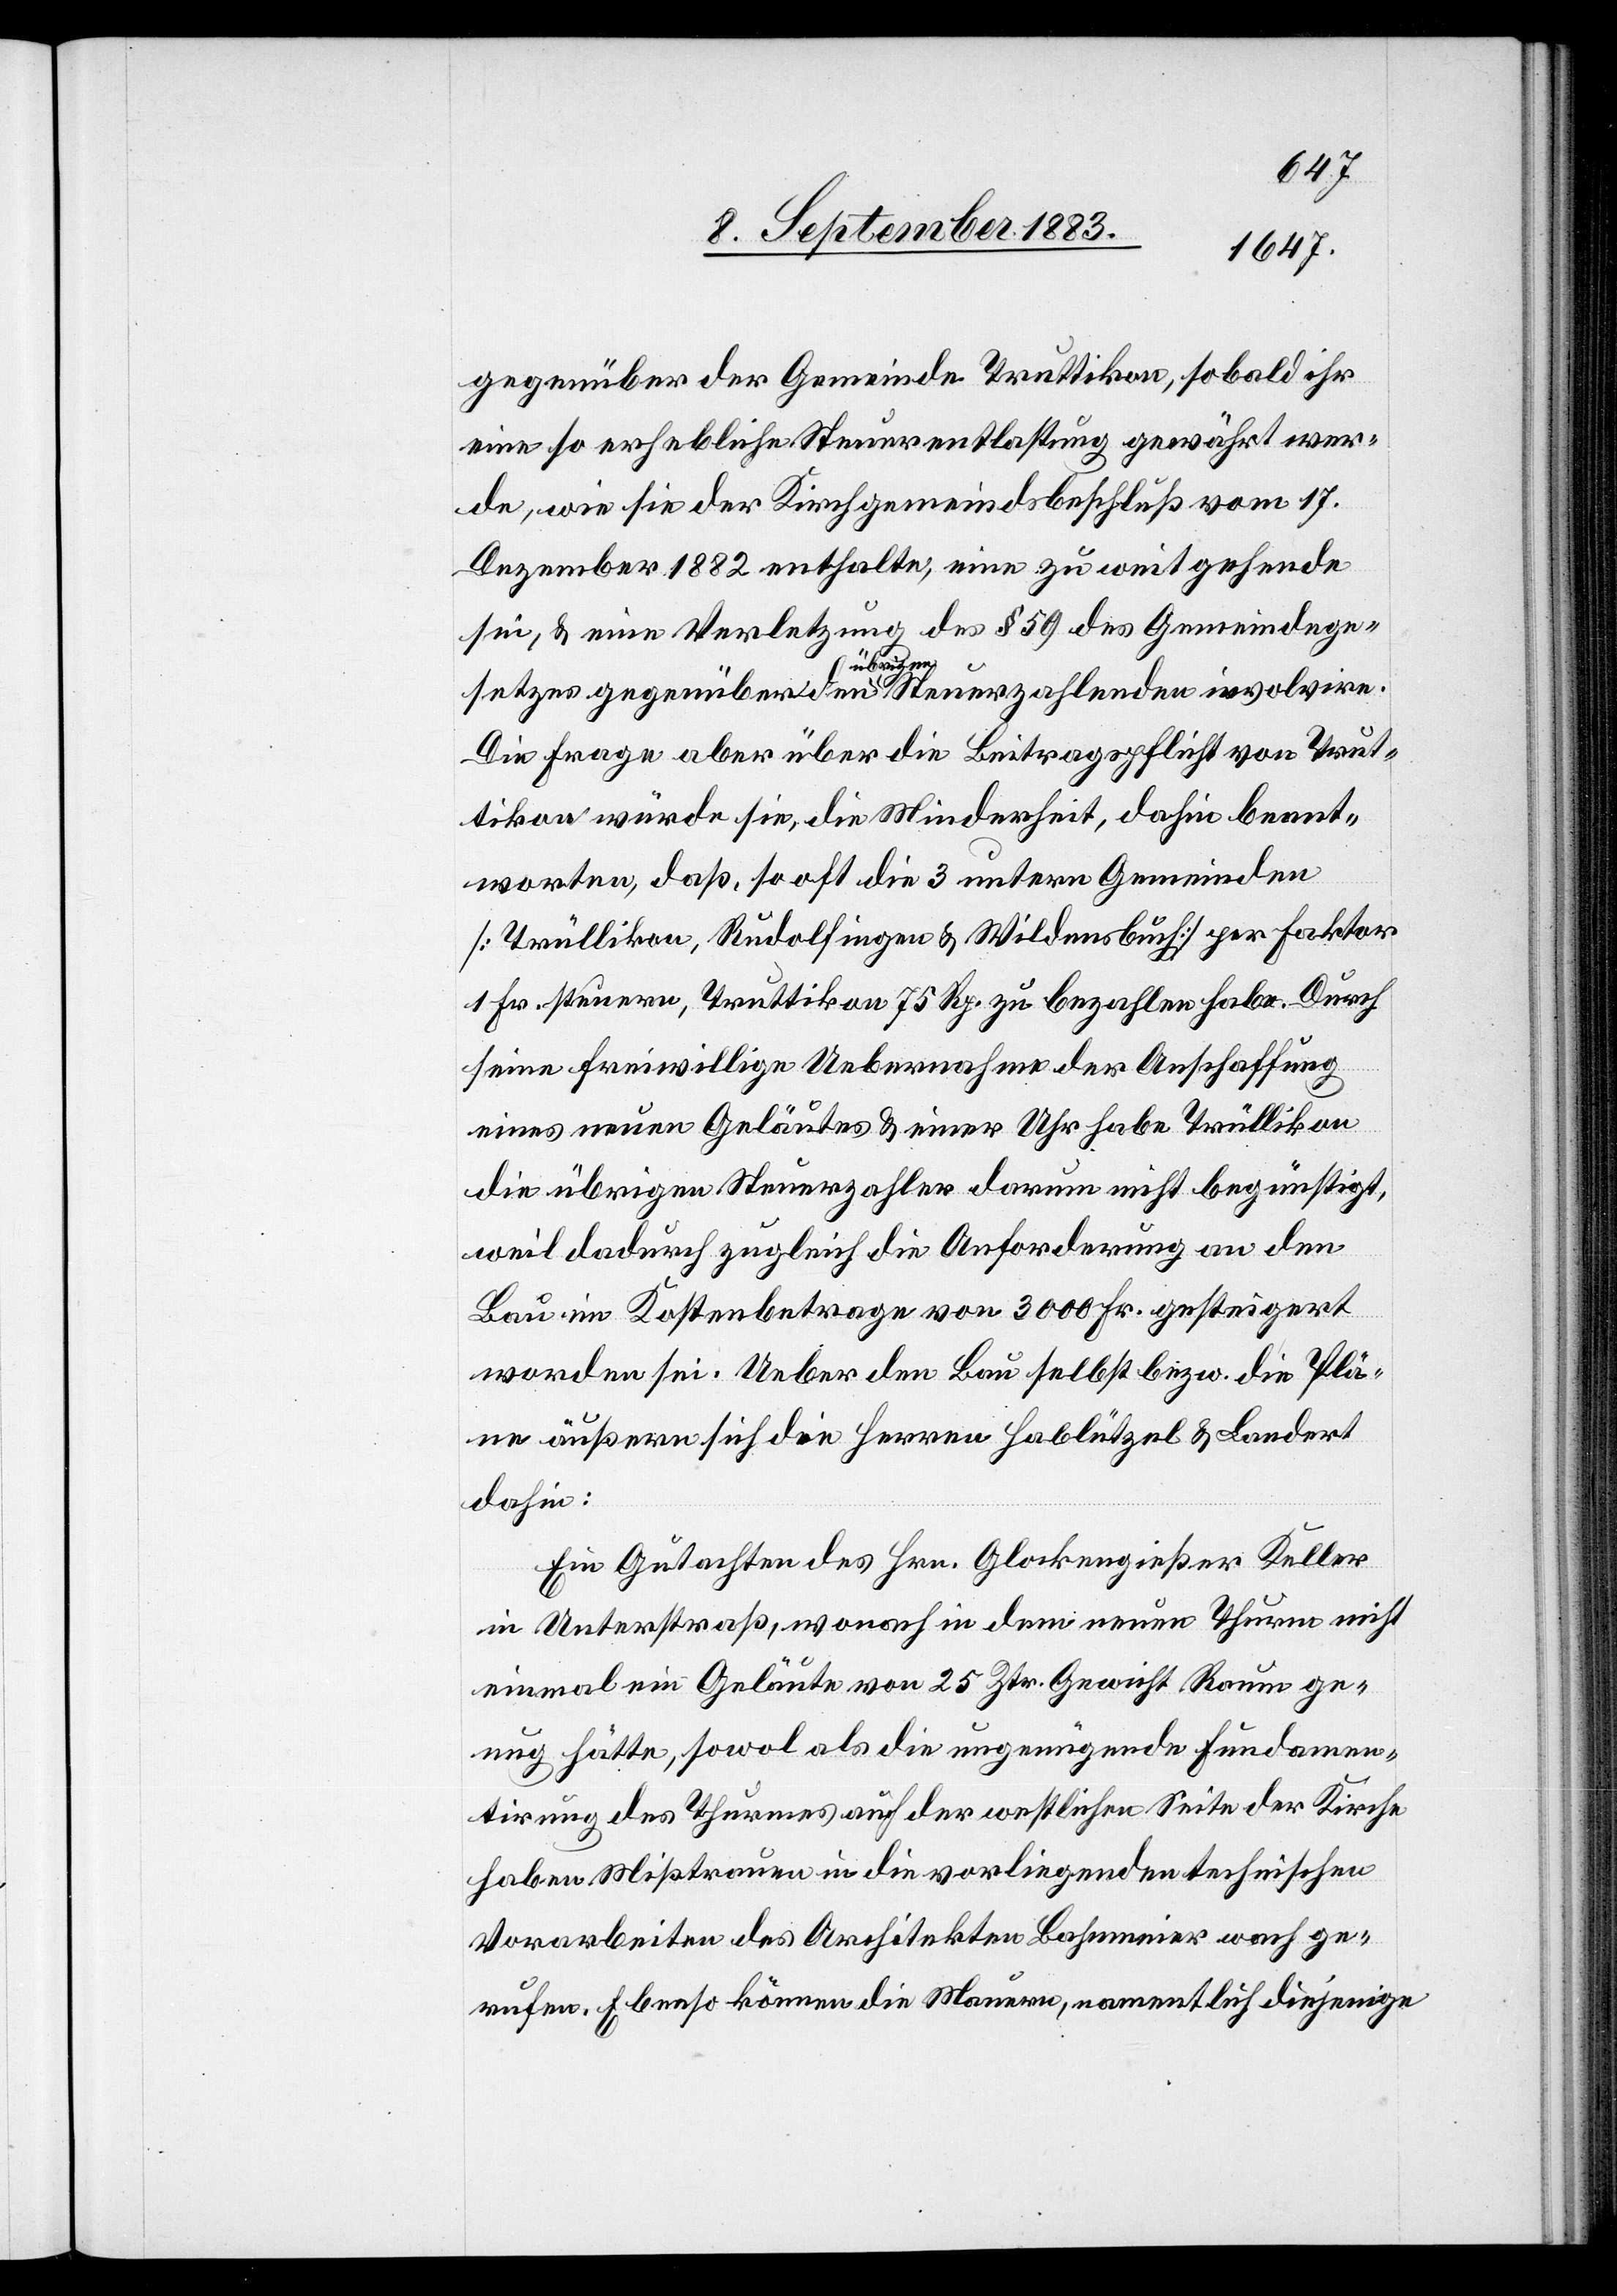
gegenüber der Gemeinde Truttikon, sobald ihr
eine so erhebliche Steuerentlastung gewährt wer¬
de, wie sie der Kirchgemeindsbeschluß vom 17.
Dezember 1882 enthalte, eine zu weit gehende
sei, & eine Verletzung des § 59 des Gemeindege¬
setzes gegenüber den übrigen Steuerzahlenden involvire.
Die Frage aber über die Beitragspflicht von Trut¬
tikon würde sie, die Minderheit, dahin beant¬
worten, daß, so oft die 3 untern Gemeinden
[Trüllikon, Rudolfingen & Wildensbuch] per Faktor
1 Fr. steuern, Truttikon 75 Rp. zu bezahlen habe. Durch
seine freiwillige Uebernahme der Anschaffung
eines neuen Geläutes & einer Uhr habe Trüllikon
die übrigen Steuerzahler darum nicht begünstigt,
weil dadurch zugleich die Anforderung an den
Bau im Kostenbetrage von 3000 Fr. gesteigert
worden sei. Ueber den Bau selbst bezw. die Plä¬
ne äußern sich die Herren Hablützel & Landert
dahin:
Ein Gutachten des Hrn. Glockengießer Keller
in Unterstraß, wonach in dem neuen Thurme nicht
einmal ein Geläute von 25 Ztr. Gewicht Raum ge¬
nug hätte, sowol als die ungenügende Fundamen¬
tirung des Thurmes auf der westlichen Seite der Kirche
haben Mißtrauen in die vorliegenden technischen
Vorarbeiten des Architekten Bahnmeier wach ge¬
rufen. Ebenso können die Mauern, namentlich diejenige